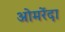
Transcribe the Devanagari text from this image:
ओमरेंदा